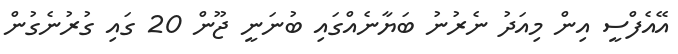
އޭއެފްސީ އިން މިއަދު ނެރުނު ބަޔާނެއްގައި ބުނަނީ ޖޫން 20 ގައި ގުރުނެގުން